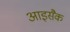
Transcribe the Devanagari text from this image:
आइसैक